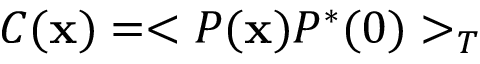
C ( { \bf x } ) = < P ( { \bf x } ) P ^ { * } ( 0 ) > _ { T }